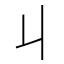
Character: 丩